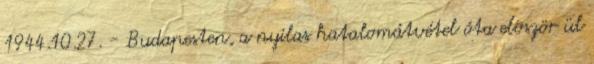
1944.10.27. - Budapesten, a nyilas hatalomátvétel óta elõször ül